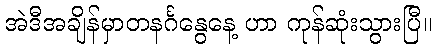
အဲဒီအချိန်မှာတနင်္ဂနွေနေ့ ဟာ ကုန်ဆုံးသွားပြီ။